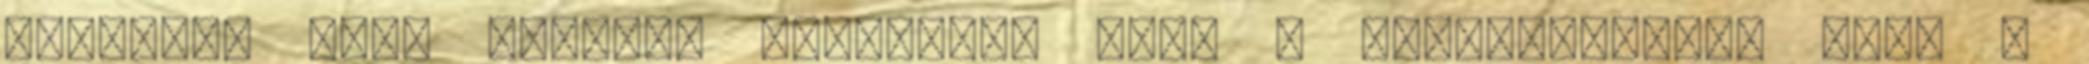
Valgomed gel? Érdemes megvenni? Mind a felhasználók, mind a